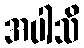
အပါသိ